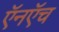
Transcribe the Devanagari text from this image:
ऍनऍच